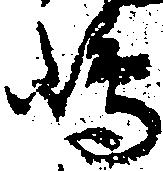
嶋